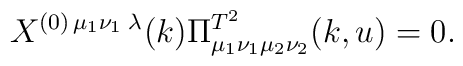
X^{(0)\,\mu_1\nu_1\;\lambda}(k)\Pi_{\mu_1\nu_1\mu_2\nu_2}^{T^2}(k,u)=0.